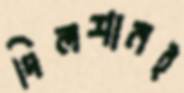
দিলশানই